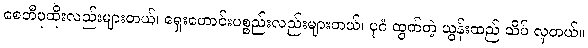
စေတီပုထိုးလည်းများတယ်၊ ရှေးဟောင်းပစ္စည်းလည်းများတယ်၊ ပုဂံ ထွက်တဲ့ ယွန်းထည် သိပ် လှတယ်။